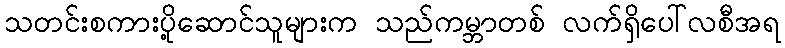
သတင်းစကားပို့ဆောင်သူများက သည်ကမ္ဘာတစ် လက်ရှိပေါ်လစီအရ